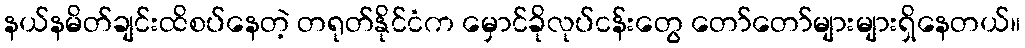
နယ်နမိတ်ချင်းထိစပ်နေတဲ့ တရုတ်နိုင်ငံက မှောင်ခိုလုပ်ငန်းတွေ တော်တော်များများရှိနေတယ်။